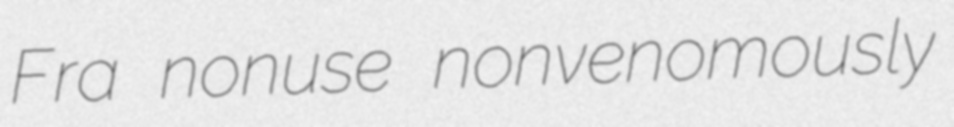
Fra nonuse nonvenomously